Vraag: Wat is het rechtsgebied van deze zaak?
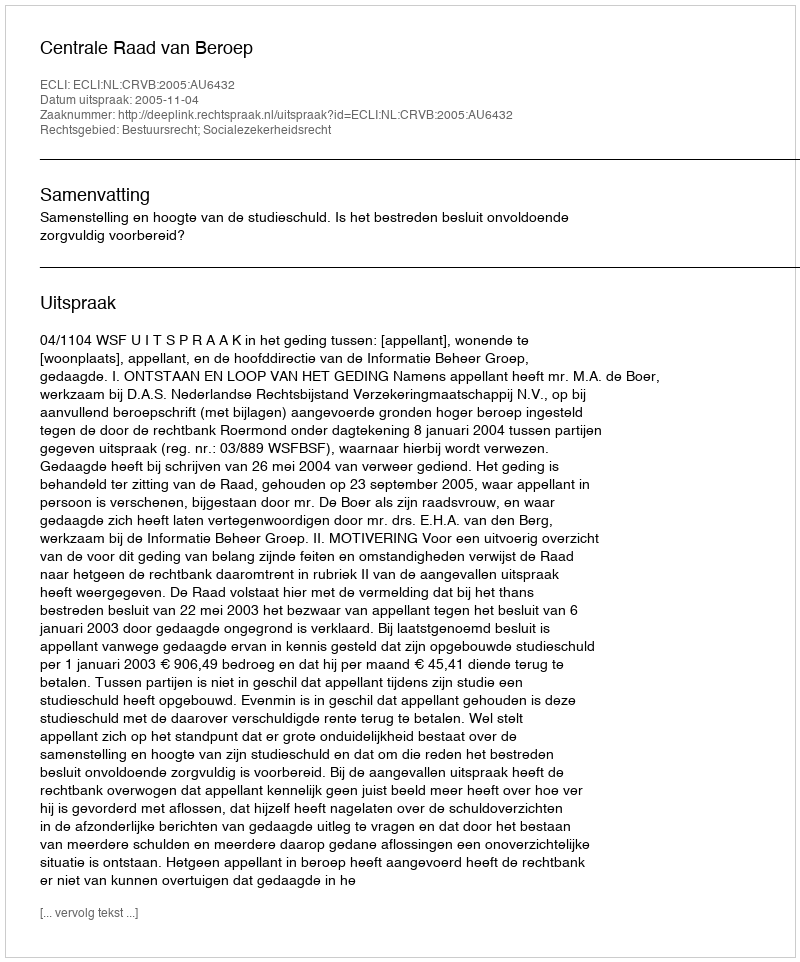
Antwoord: Bestuursrecht; Socialezekerheidsrecht